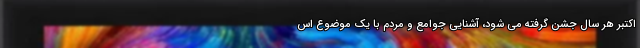
اکتبر هر سال جشن گرفته می شود، آشنایی جوامع و مردم با یک موضوع اس